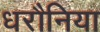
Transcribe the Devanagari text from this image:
धरौनिया